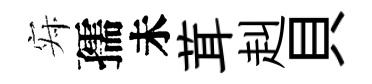
寂孺未茸赳貝